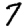
Digit: 7